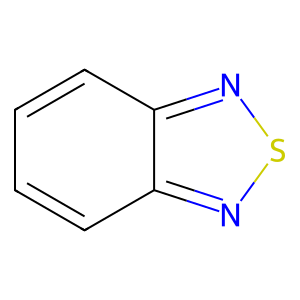
SMILES: c1ccc2nsnc2c1
Inhibits HIV replication: No